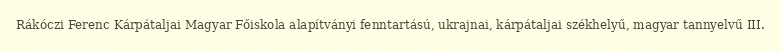
Rákóczi Ferenc Kárpátaljai Magyar Főiskola alapítványi fenntartású, ukrajnai, kárpátaljai székhelyű, magyar tannyelvű III.